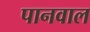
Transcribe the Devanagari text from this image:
पानवाल